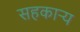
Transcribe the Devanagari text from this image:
सहकार्‍य